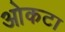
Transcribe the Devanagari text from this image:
ओकटा